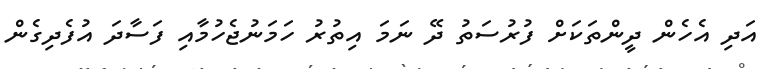
އަދި އެހެން ދީންތަކަށް ފުރުސަތު ދޭ ނަމަ އިތުރު ހަމަނުޖެހުމާއި ފަސާދަ އުފެދިގެން